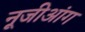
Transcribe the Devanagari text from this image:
नूजीआंग